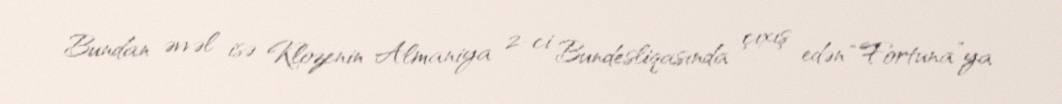
Bundan əvvəl isə Klozenin Almaniya 2-ci Bundesliqasında çıxış edən “Fortuna”ya